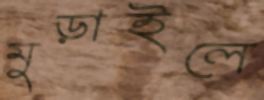
মুড়াইলে